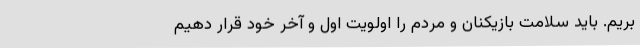
بریم. باید سلامت بازیکنان و مردم را اولویت اول و آخر خود قرار دهیم